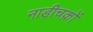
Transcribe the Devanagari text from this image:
नाड़ीचक्रों